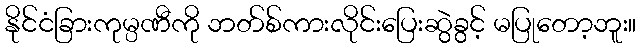
နိုင်ငံခြားကုမ္ပဏီကို ဘတ်စ်ကားလိုင်းပြေးဆွဲခွင့် မပြုတော့ဘူး။